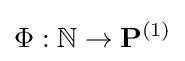
\Phi :\mathbb {N} \to \mathbf {P} ^{(1)}